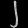
Digit: ၂